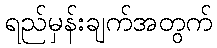
ရည်မှန်းချက်အတွက်